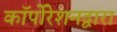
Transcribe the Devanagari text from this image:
कॉर्पोरेशनद्वारा